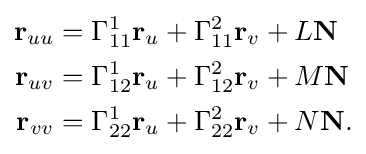
{\begin{aligned}\mathbf {r} _{uu}&=\Gamma _{11}^{1}\mathbf {r} _{u}+\Gamma _{11}^{2}\mathbf {r} _{v}+L\mathbf {N} \\\mathbf {r} _{uv}&=\Gamma _{12}^{1}\mathbf {r} _{u}+\Gamma _{12}^{2}\mathbf {r} _{v}+M\mathbf {N} \\\mathbf {r} _{vv}&=\Gamma _{22}^{1}\mathbf {r} _{u}+\Gamma _{22}^{2}\mathbf {r} _{v}+N\mathbf {N} .\\\end{aligned}}